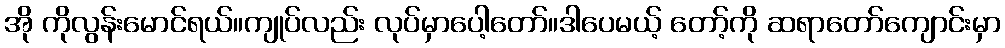
အို ကိုလွန်းမောင်ရယ်။ကျုပ်လည်း လုပ်မှာပေါ့တော်။ဒါပေမယ့် တော့်ကို ဆရာတော်ကျောင်းမှာ